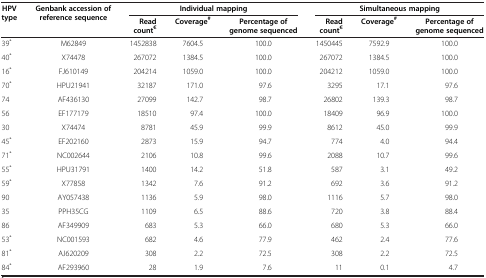
<table><thead><tr><td rowspan="2"><b>HPV type</b></td><td rowspan="2"><b>Genbank accession of reference sequence</b></td><td colspan="3"><b>Individual mapping</b></td><td colspan="3"><b>Simultaneous mapping</b></td></tr><tr><td><b>Read count<sup>€</sup></b></td><td><b>Coverage<sup>#</sup></b></td><td><b>Percentage of genome sequenced</b></td><td><b>Read count<sup>€</sup></b></td><td><b>Coverage<sup>#</sup></b></td><td><b>Percentage of genome sequenced</b></td></tr></thead><tbody><tr><td>39<sup>*</sup></td><td>M62849</td><td>1452838</td><td>7604.5</td><td>100.0</td><td>1450445</td><td>7592.9</td><td>100.0</td></tr><tr><td>40<sup>*</sup></td><td>X74478</td><td>267072</td><td>1384.5</td><td>100.0</td><td>267072</td><td>1384.5</td><td>100.0</td></tr><tr><td>16<sup>*</sup></td><td>FJ610149</td><td>204214</td><td>1059.0</td><td>100.0</td><td>204212</td><td>1059.0</td><td>100.0</td></tr><tr><td>70<sup>*</sup></td><td>HPU21941</td><td>32187</td><td>171.0</td><td>97.6</td><td>3295</td><td>17.1</td><td>97.6</td></tr><tr><td>74</td><td>AF436130</td><td>27099</td><td>142.7</td><td>98.7</td><td>26802</td><td>139.3</td><td>98.7</td></tr><tr><td>56</td><td>EF177179</td><td>18510</td><td>97.4</td><td>100.0</td><td>18409</td><td>96.9</td><td>100.0</td></tr><tr><td>30</td><td>X74474</td><td>8781</td><td>45.9</td><td>99.9</td><td>8612</td><td>45.0</td><td>99.9</td></tr><tr><td>45<sup>*</sup></td><td>EF202160</td><td>2873</td><td>15.9</td><td>94.7</td><td>774</td><td>4.0</td><td>94.4</td></tr><tr><td>71<sup>*</sup></td><td>NC002644</td><td>2106</td><td>10.8</td><td>99.6</td><td>2088</td><td>10.7</td><td>99.6</td></tr><tr><td>55<sup>*</sup></td><td>HPU31791</td><td>1400</td><td>14.2</td><td>51.8</td><td>587</td><td>3.1</td><td>49.2</td></tr><tr><td>59<sup>*</sup></td><td>X77858</td><td>1342</td><td>7.6</td><td>91.2</td><td>692</td><td>3.6</td><td>91.2</td></tr><tr><td>90</td><td>AY057438</td><td>1136</td><td>5.9</td><td>98.0</td><td>1116</td><td>5.7</td><td>98.0</td></tr><tr><td>35</td><td>PPH35CG</td><td>1109</td><td>6.5</td><td>88.6</td><td>720</td><td>3.8</td><td>88.4</td></tr><tr><td>86</td><td>AF349909</td><td>683</td><td>5.3</td><td>66.0</td><td>680</td><td>5.3</td><td>66.0</td></tr><tr><td>53<sup>*</sup></td><td>NC001593</td><td>682</td><td>4.6</td><td>77.9</td><td>462</td><td>2.4</td><td>77.6</td></tr><tr><td>81<sup>*</sup></td><td>AJ620209</td><td>308</td><td>2.2</td><td>72.5</td><td>308</td><td>2.2</td><td>72.5</td></tr><tr><td>84<sup>*</sup></td><td>AF293960</td><td>28</td><td>1.9</td><td>7.6</td><td>11</td><td>0.1</td><td>4.7</td></tr></tbody></table>